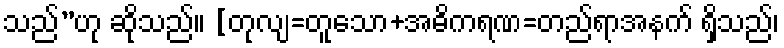
သည်”ဟု ဆိုသည်။ [တုလျ=တူသော+အဓိကရဏ=တည်ရာအနက် ရှိသည်၊